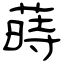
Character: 蒔